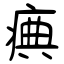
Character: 痶